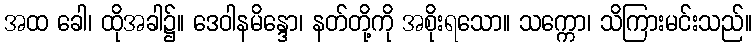
အထ ခေါ၊ ထိုအခါ၌။ ဒေဝါနမိန္ဒော၊ နတ်တို့ကို အစိုးရသော။ သက္ကော၊ သိကြားမင်းသည်။